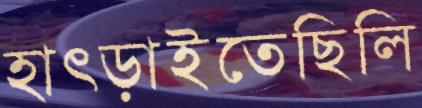
হাৎড়াইতেছিলি